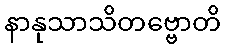
နာနုသာသိတဗ္ဗောတိ